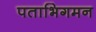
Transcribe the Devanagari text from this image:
पताभिगमन